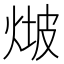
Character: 𤊫